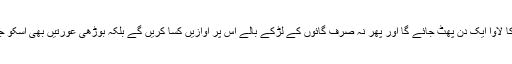
اُسے خوف رہتا تھا کہ گائوں کے لوگوں کا لاوا ایک دن پھٹ جائے گا اور پھر نہ صرف گائوں کے لڑکے بالے اس پر آوازیں کسا کریں گے بلکہ بوڑھی عورتیں بھی اسکو جھولیاں اٹھا اٹھا کر بددعائیں دیا کریں گی۔